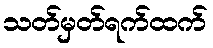
သတ်မှတ်ရက်ထက်